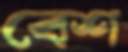
বেশ